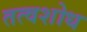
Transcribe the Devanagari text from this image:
तत्वशोध